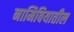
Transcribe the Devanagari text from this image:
नामिबियातील